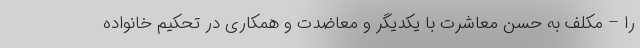
را – مکلف به حسن معاشرت با یکدیگر و معاضدت و همکاری در تحکیم خانواده